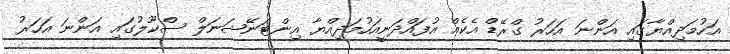
އަހުމަދިއްޔާގައި އަންނަ އަހަރު ގްރޭޑް އެކެއް އުފައްދަނީއަހުމަދިއްޔާ އިންޓަނޭޝަނަލް ސްކޫލުގައި އަންނަ އަހަރު